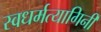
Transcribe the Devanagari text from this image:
स्वधर्मत्यागिनी